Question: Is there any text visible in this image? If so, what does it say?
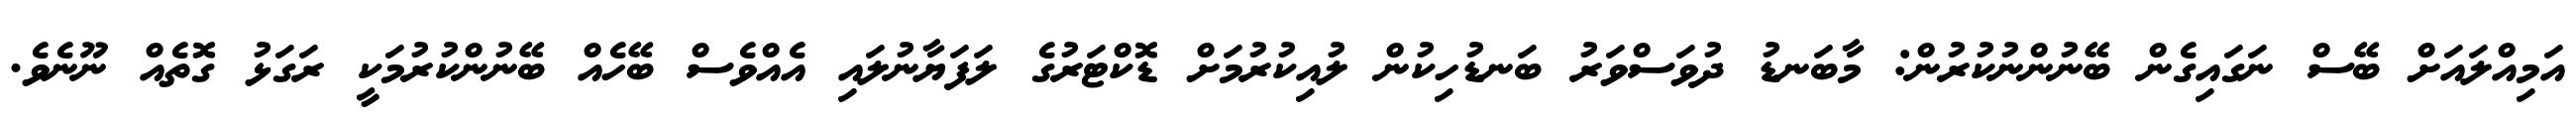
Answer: އަމިއްލައަށް ބޭސް ނަގައިގެން ބޭނުންނުކުރުން: މާބަނޑު ދުވަސްވަރު ބަނޑުހިކުން ލުއިކުރުމަށް ޑޮކްޓަރުގެ ލަފަޔާނުލައި އެއްވެސް ބޭހެއް ބޭނުންކުރުމަކީ ރަގަޅު ގޮތެއް ނޫނެވެ.